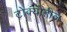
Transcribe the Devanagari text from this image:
टोक्योतील